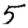
Digit: 5